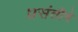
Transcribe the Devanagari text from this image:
प्रसंतीचे